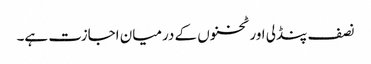
نصف پنڈلی اور ٹخنوں کے درمیان اجازت ہے۔